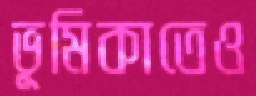
ভূমিকাতেও